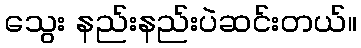
သွေး နည်းနည်းပဲဆင်းတယ်။